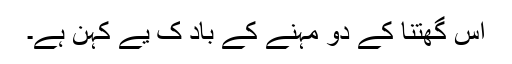
اُس گھتنا کے دو مہِنے کے باد کِ یے کہنِ ہے۔